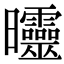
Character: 𣌟